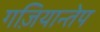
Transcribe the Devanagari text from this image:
गज़ियान्तेप